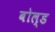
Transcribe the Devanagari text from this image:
बोल्‍ड